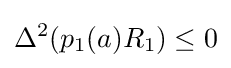
\Delta ^{2}(p_{1}(a)R_{1})\leq 0